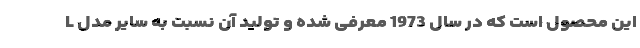
L این محصول است که در سال 1973 معرفی شده و تولید آن نسبت به سایر مدل